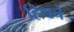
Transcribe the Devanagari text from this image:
हिथचे